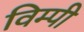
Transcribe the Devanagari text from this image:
विम्पी